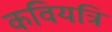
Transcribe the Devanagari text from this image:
कवियत्रि